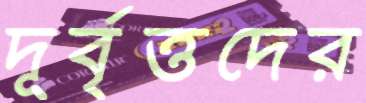
দূর্বৃত্তদের